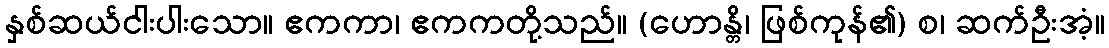
နှစ်ဆယ်ငါးပါးသော။ ဧကကာ၊ ဧကကတို့သည်။ (ဟောန္တိ၊ ဖြစ်ကုန်၏) စ၊ ဆက်ဦးအံ့။